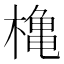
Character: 𪳥